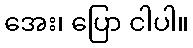
အေး၊ ပြော ငါပါ။